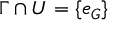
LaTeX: \Gamma \cap U = \{ e _ { G } \}